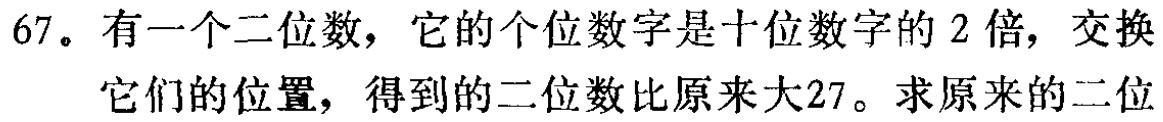
67。有一个二位数，它的个位数字是十位数字的 2 倍，交换它们的位置，得到的二位数比原来大27。求原来的二位